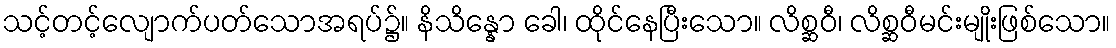
သင့်တင့်လျောက်ပတ်သောအရပ်၌။ နိသိန္နော ခေါ၊ ထိုင်နေပြီးသော။ လိစ္ဆဝီ၊ လိစ္ဆဝီမင်းမျိုးဖြစ်သော။